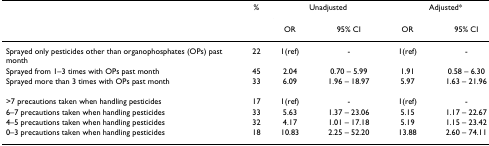
<table><thead><tr><td></td><td><b>%</b></td><td colspan="2"><b>Unadjusted</b></td><td colspan="2"><b>Adjusted*</b></td></tr><tr><td></td><td></td><td><b>OR</b></td><td><b>95% CI</b></td><td><b>OR</b></td><td><b>95% CI</b></td></tr></thead><tbody><tr><td>Sprayed only pesticides other than organophosphates (OPs) past month</td><td>22</td><td>1(ref)</td><td>-</td><td>1(ref)</td><td>-</td></tr><tr><td>Sprayed from 1–3 times with OPs past month</td><td>45</td><td>2.04</td><td>0.70 – 5.99</td><td>1.91</td><td>0.58 – 6.30</td></tr><tr><td>Sprayed more than 3 times with OPs past month</td><td>33</td><td>6.09</td><td>1.96 – 18.97</td><td>5.97</td><td>1.63 – 21.96</td></tr><tr><td>&gt;7 precautions taken when handling pesticides</td><td>17</td><td>1(ref)</td><td>-</td><td>1(ref)</td><td>-</td></tr><tr><td>6–7 precautions taken when handling pesticides</td><td>33</td><td>5.63</td><td>1.37 – 23.06</td><td>5.15</td><td>1.17 – 22.67</td></tr><tr><td>4–5 precautions taken when handling pesticides</td><td>32</td><td>4.17</td><td>1.01 – 17.18</td><td>5.19</td><td>1.15 – 23.42</td></tr><tr><td>0–3 precautions taken when handling pesticides</td><td>18</td><td>10.83</td><td>2.25 – 52.20</td><td>13.88</td><td>2.60 – 74.11</td></tr></tbody></table>